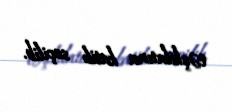
təşkilatına katib seçilib.